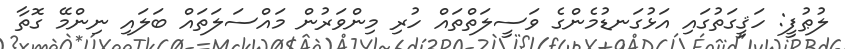
ލުޠުފީ: ހަޤީގަތުގައި އަޅުގަނޑުމެންގެ ވަސީލަތްތައް ހުރި މިންވަރުން މައްސަލަތައް ބަލައި ނިންމޭ ގޮތާ